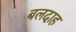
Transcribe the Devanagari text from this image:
बलदाह